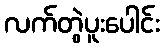
လက်တွဲပူးပေါင်း